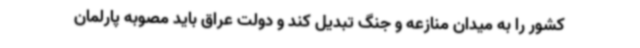
کشور را به میدان منازعه و جنگ تبدیل کند و دولت عراق باید مصوبه پارلمان